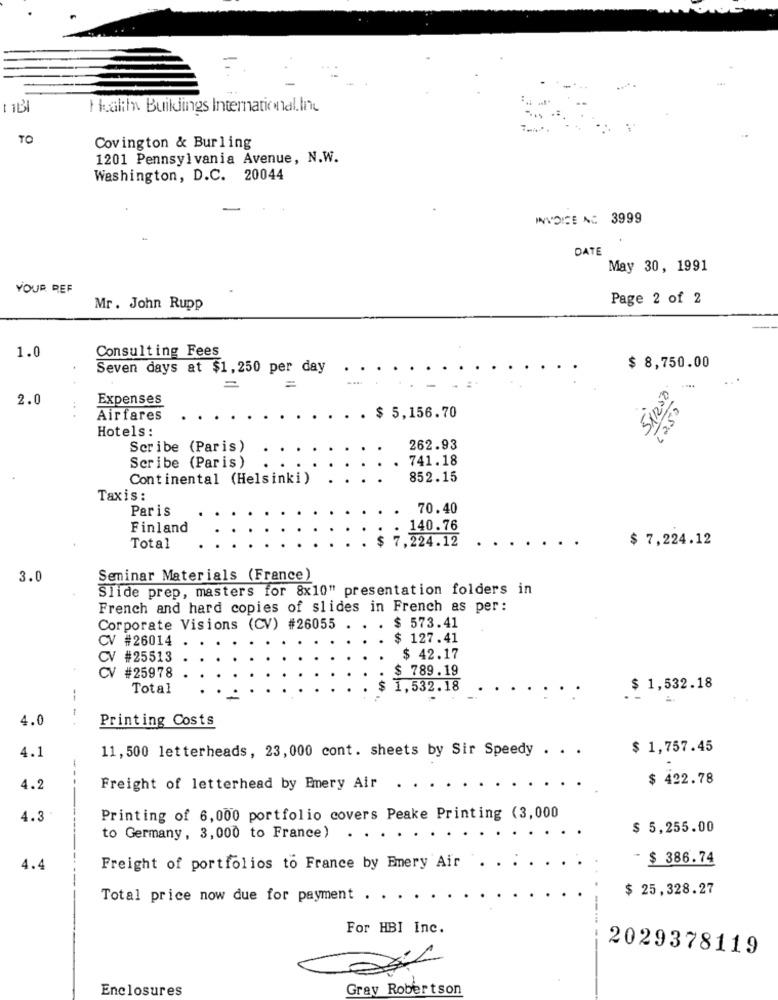
-
Health Buildings International.Inc
TO
Covington & Burling
1201 Pennsylvania Avenue, N.W.
Washington, D.C. 20044
INVOICE NC 3999
DATE
May 30, 1991
YOUR REF
Page 2 of 2
Mr. John Rupp
1.0
Consulting Fees
Seven days at $1,250 per day
$ 8,750.00
=
51250.
=
1
2.0
Expenses
Airfares
$ 5,156.70
Hotels:
Scribe (Paris)
262.93
Scribe (Paris)
741.18
Continental (Helsinki)
852.15
Taxis :
Paris
70.40
Finland
140.76
7.224.12
$ 7,224.12
Total
3.0
Seminar Materials (France)
Slide prep, masters for 8x10" presentation folders in
French and hard copies of slides in French as per:
Corporate Visions (CV) #26055
$ 573.41
CV #26014
$ 127.41
CV #25513
$ 42.17
cv
$ 789.19
#25978
Total
1,532.18
$ 1,532.18
--
4.0
--
Printing Costs
4.1
11, 500 letterheads, 23,000 cont. sheets by Sir Speedy . . .
$ 1,757.45
$ 422.78
4.2
Freight of letterhead by Emery Air
4.3
Printing of 6,000 portfolio covers Peake Printing (3,000
$ 5,255.00
to Germany, 3,000 to France) . . .
- $ 386.74
4.4
Freight of portfolios to France by Emery Air
$ 25,328.27
Total price now due for payment .
For HBI Inc.
2029378119
Enclosures
Gray Robertson